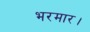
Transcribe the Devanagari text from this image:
भरमार।